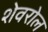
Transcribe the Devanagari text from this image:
शेवरोल